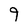
Character: 9